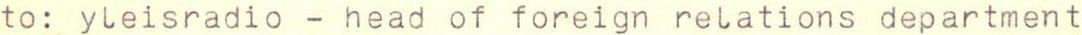
to: yleisradio - head of foreign relations department